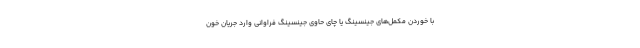
با خوردن مکمل‌های جینسینگ یا چای حاوی جینسینگ فراوانی وارد جریان خون